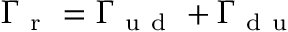
\Gamma _ { \mathrm { ~ r ~ } } = \Gamma _ { \mathrm { ~ u ~ d ~ } } + \Gamma _ { \mathrm { ~ d ~ u ~ } }